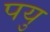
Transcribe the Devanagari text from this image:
पयु